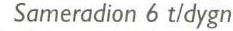
 Sameradion 6 t/dygn